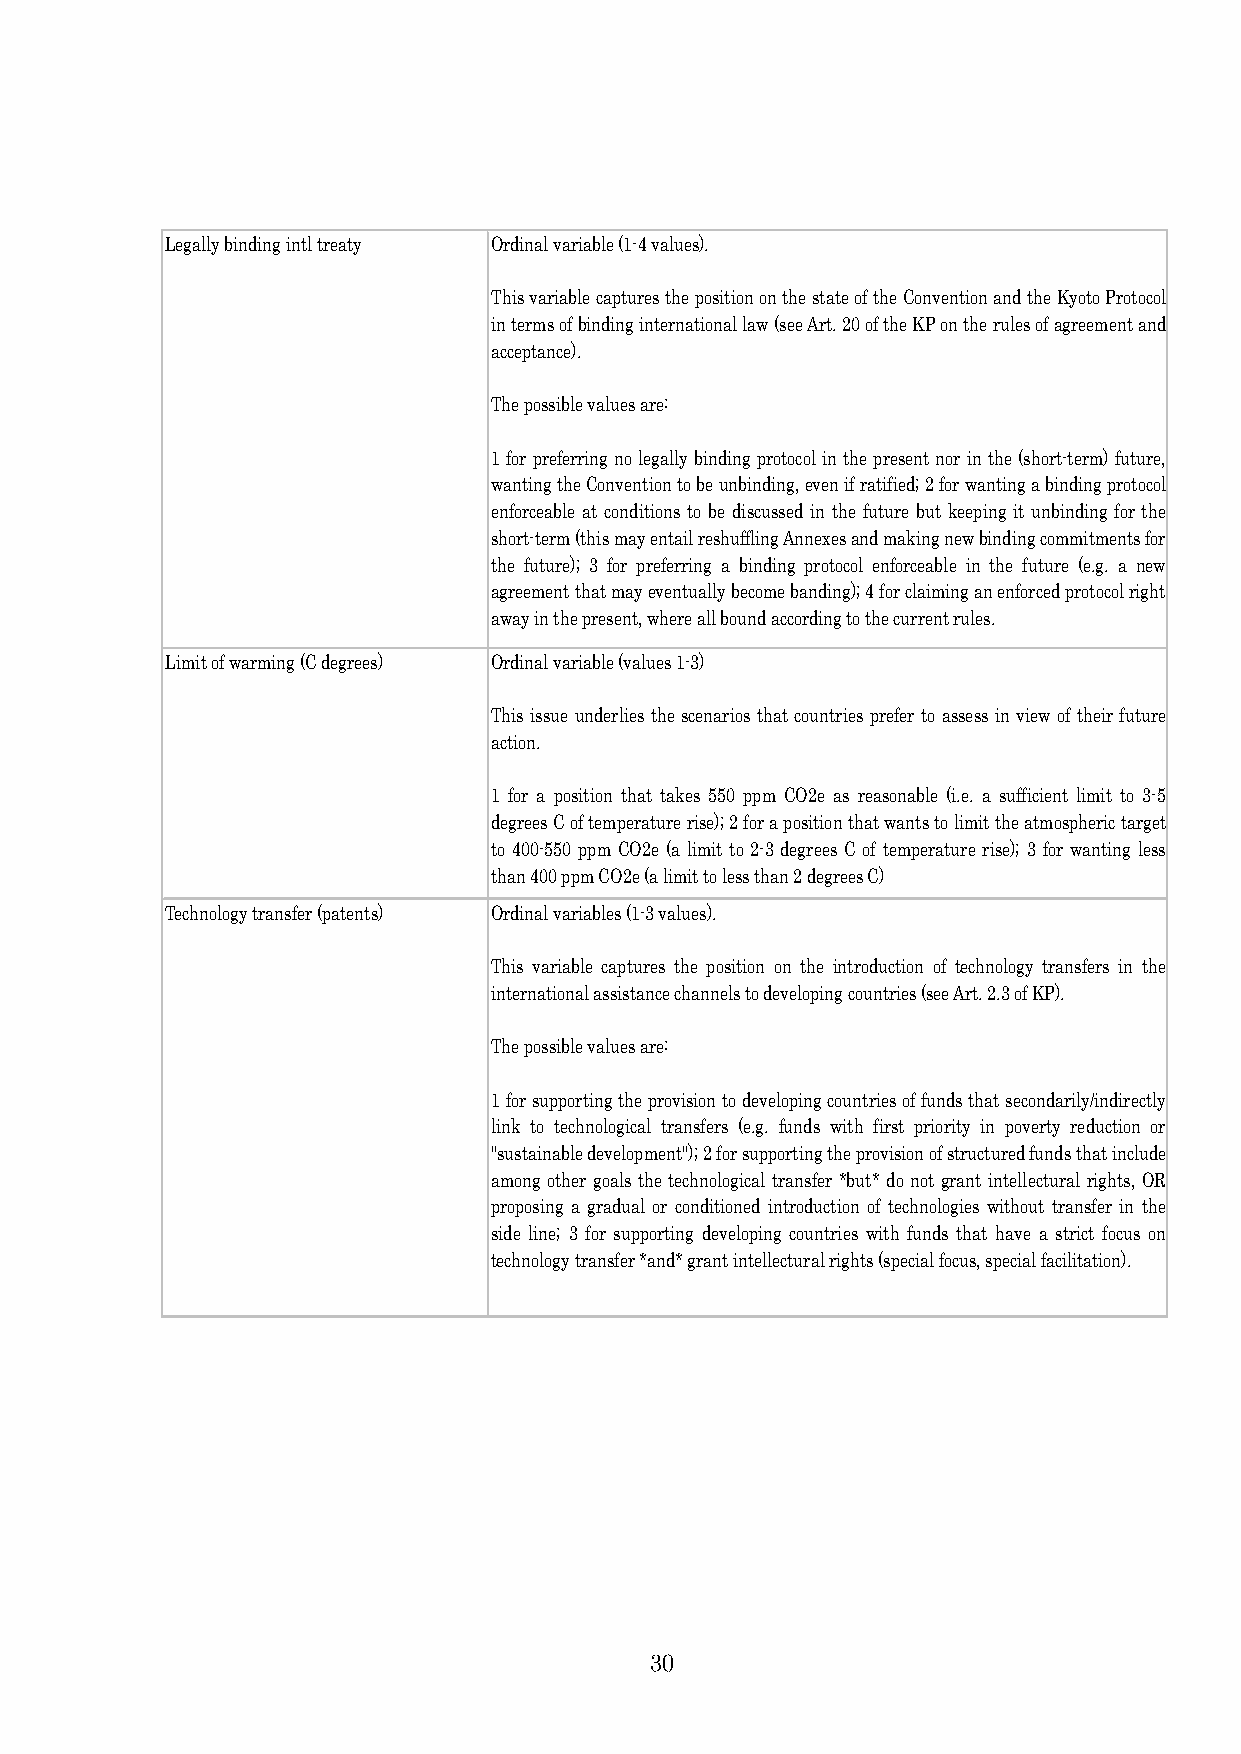
Legally binding intl treaty Ordinal variable (1-4 values).
 ThisvariablecapturesthepositiononthestateoftheConventionandtheKyotoProtocol
 intermsofbindinginternationallaw(seeArt.20oftheKPontherulesofagreementand
 acceptance).
 The possible values are:
 1forpreferring nolegally bindingprotocol inthe presentnor inthe (short-term)future,
 wantingtheConventiontobeunbinding,evenifratified;2forwantingabindingprotocol
 enforceable at conditions to be discussed in the future but keeping it unbinding for the
 short-term(thismayentailreshufflingAnnexesandmakingnewbindingcommitmentsfor
 the future); 3 for preferring a binding protocol enforceable in the future (e.g. a new
 agreementthatmayeventuallybecomebanding);4forclaiminganenforcedprotocolright
 away in the present, where all bound according to the current rules.
 Limit of warming (C degrees) Ordinal variable (values 1-3)
 This issue underlies the scenarios that countries prefer to assess in view of their future
 action.
 1 for a position that takes 550 ppm CO2e as reasonable (i.e. a sufficient limit to 3-5
 degreesCoftemperaturerise);2forapositionthatwantstolimittheatmospherictarget
 to 400-550 ppm CO2e (a limit to 2-3 degrees C of temperature rise); 3 for wanting less
 than 400 ppm CO2e (a limit to less than 2 degrees C)
 Technology transfer (patents) Ordinal variables (1-3 values).
 This variable captures the position on the introduction of technology transfers in the
 international assistance channels to developing countries (see Art. 2.3 of KP).
 The possible values are:
 1forsupportingtheprovisiontodevelopingcountriesoffundsthatsecondarily/indirectly
 link to technological transfers (e.g. funds with first priority in poverty reduction or
 "sustainabledevelopment");2forsupportingtheprovisionofstructuredfundsthatinclude
 among other goals the technological transfer *but* do not grant intellectural rights, OR
 proposing a gradual or conditioned introduction of technologies without transfer in the
 side line; 3 for supporting developing countries with funds that have a strict focus on
 technology transfer *and* grant intellectural rights (special focus, special facilitation).
 30